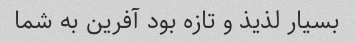
بسیار لذیذ و تازه بود آفرین به شما